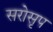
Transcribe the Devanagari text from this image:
सरोसृप